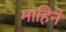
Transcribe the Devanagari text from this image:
माहिने